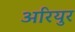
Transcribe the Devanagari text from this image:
अरियुर